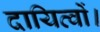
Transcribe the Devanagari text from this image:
दायित्वों।